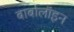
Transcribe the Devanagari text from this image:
बार्बालॉइन